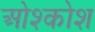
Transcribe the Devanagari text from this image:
ओश्कोश